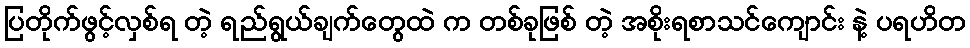
ပြတိုက်ဖွင့်လှစ်ရ တဲ့ ရည်ရွယ်ချက်တွေထဲ က တစ်ခုဖြစ် တဲ့ အစိုးရစာသင်ကျောင်း နဲ့ ပရဟိတ